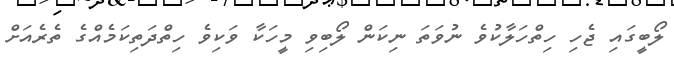
ލޯބީގައި ޖެހި ހިތްހަލާކުވެ ނުވަތަ ނިކަން ލޯބިވި މީހަކާ ވަކިވެ ހިތްދަތިކަމެއްގެ ތެރެއަށް